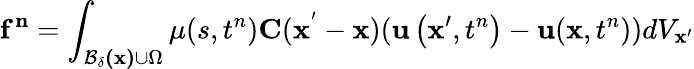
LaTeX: \mathbf{\mathbf{f}^{n}}=\int_{\mathbf{\mathcal{B}_{\delta}(\mathbf{x})}\cup\Omega}\mu(s,t^{n})\mathbf{C}(\mathbf{\mathbf{x^{'}}}-\mathbf{x})(\mathbf{u}\left(\mathbf{x}^{\prime},t^{n}\right)-\mathbf{u}(\mathbf{x},t^{n}))dV_{\mathbf{\mathbf{x}^{\prime}}}